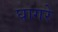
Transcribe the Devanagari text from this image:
घागरे